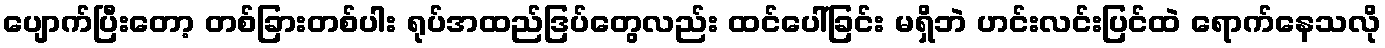
ပျောက်ပြီးတော့ တစ်ခြားတစ်ပါး ရုပ်အထည်ဒြပ်တွေလည်း ထင်ပေါ်ခြင်း မရှိဘဲ ဟင်းလင်းပြင်ထဲ ရောက်နေသလို